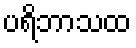
ပရိဘာသထ